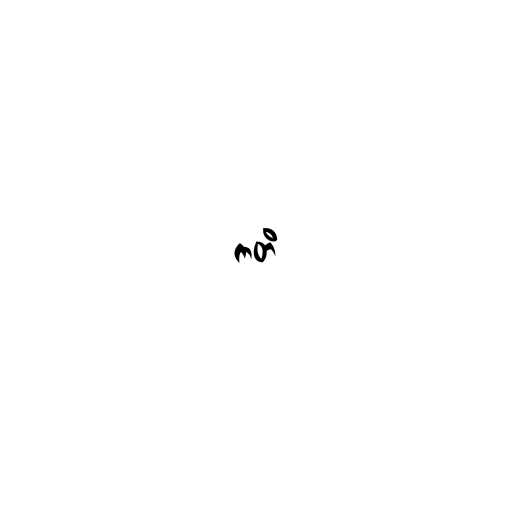
ကတိ